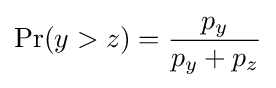
\Pr(y>z)={\frac {p_{y}}{p_{y}+p_{z}}}